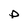
Character: p